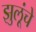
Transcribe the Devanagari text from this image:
झुलूंचे